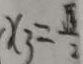
x _ { 3 } = \frac { \sqrt { 3 } } { 2 }